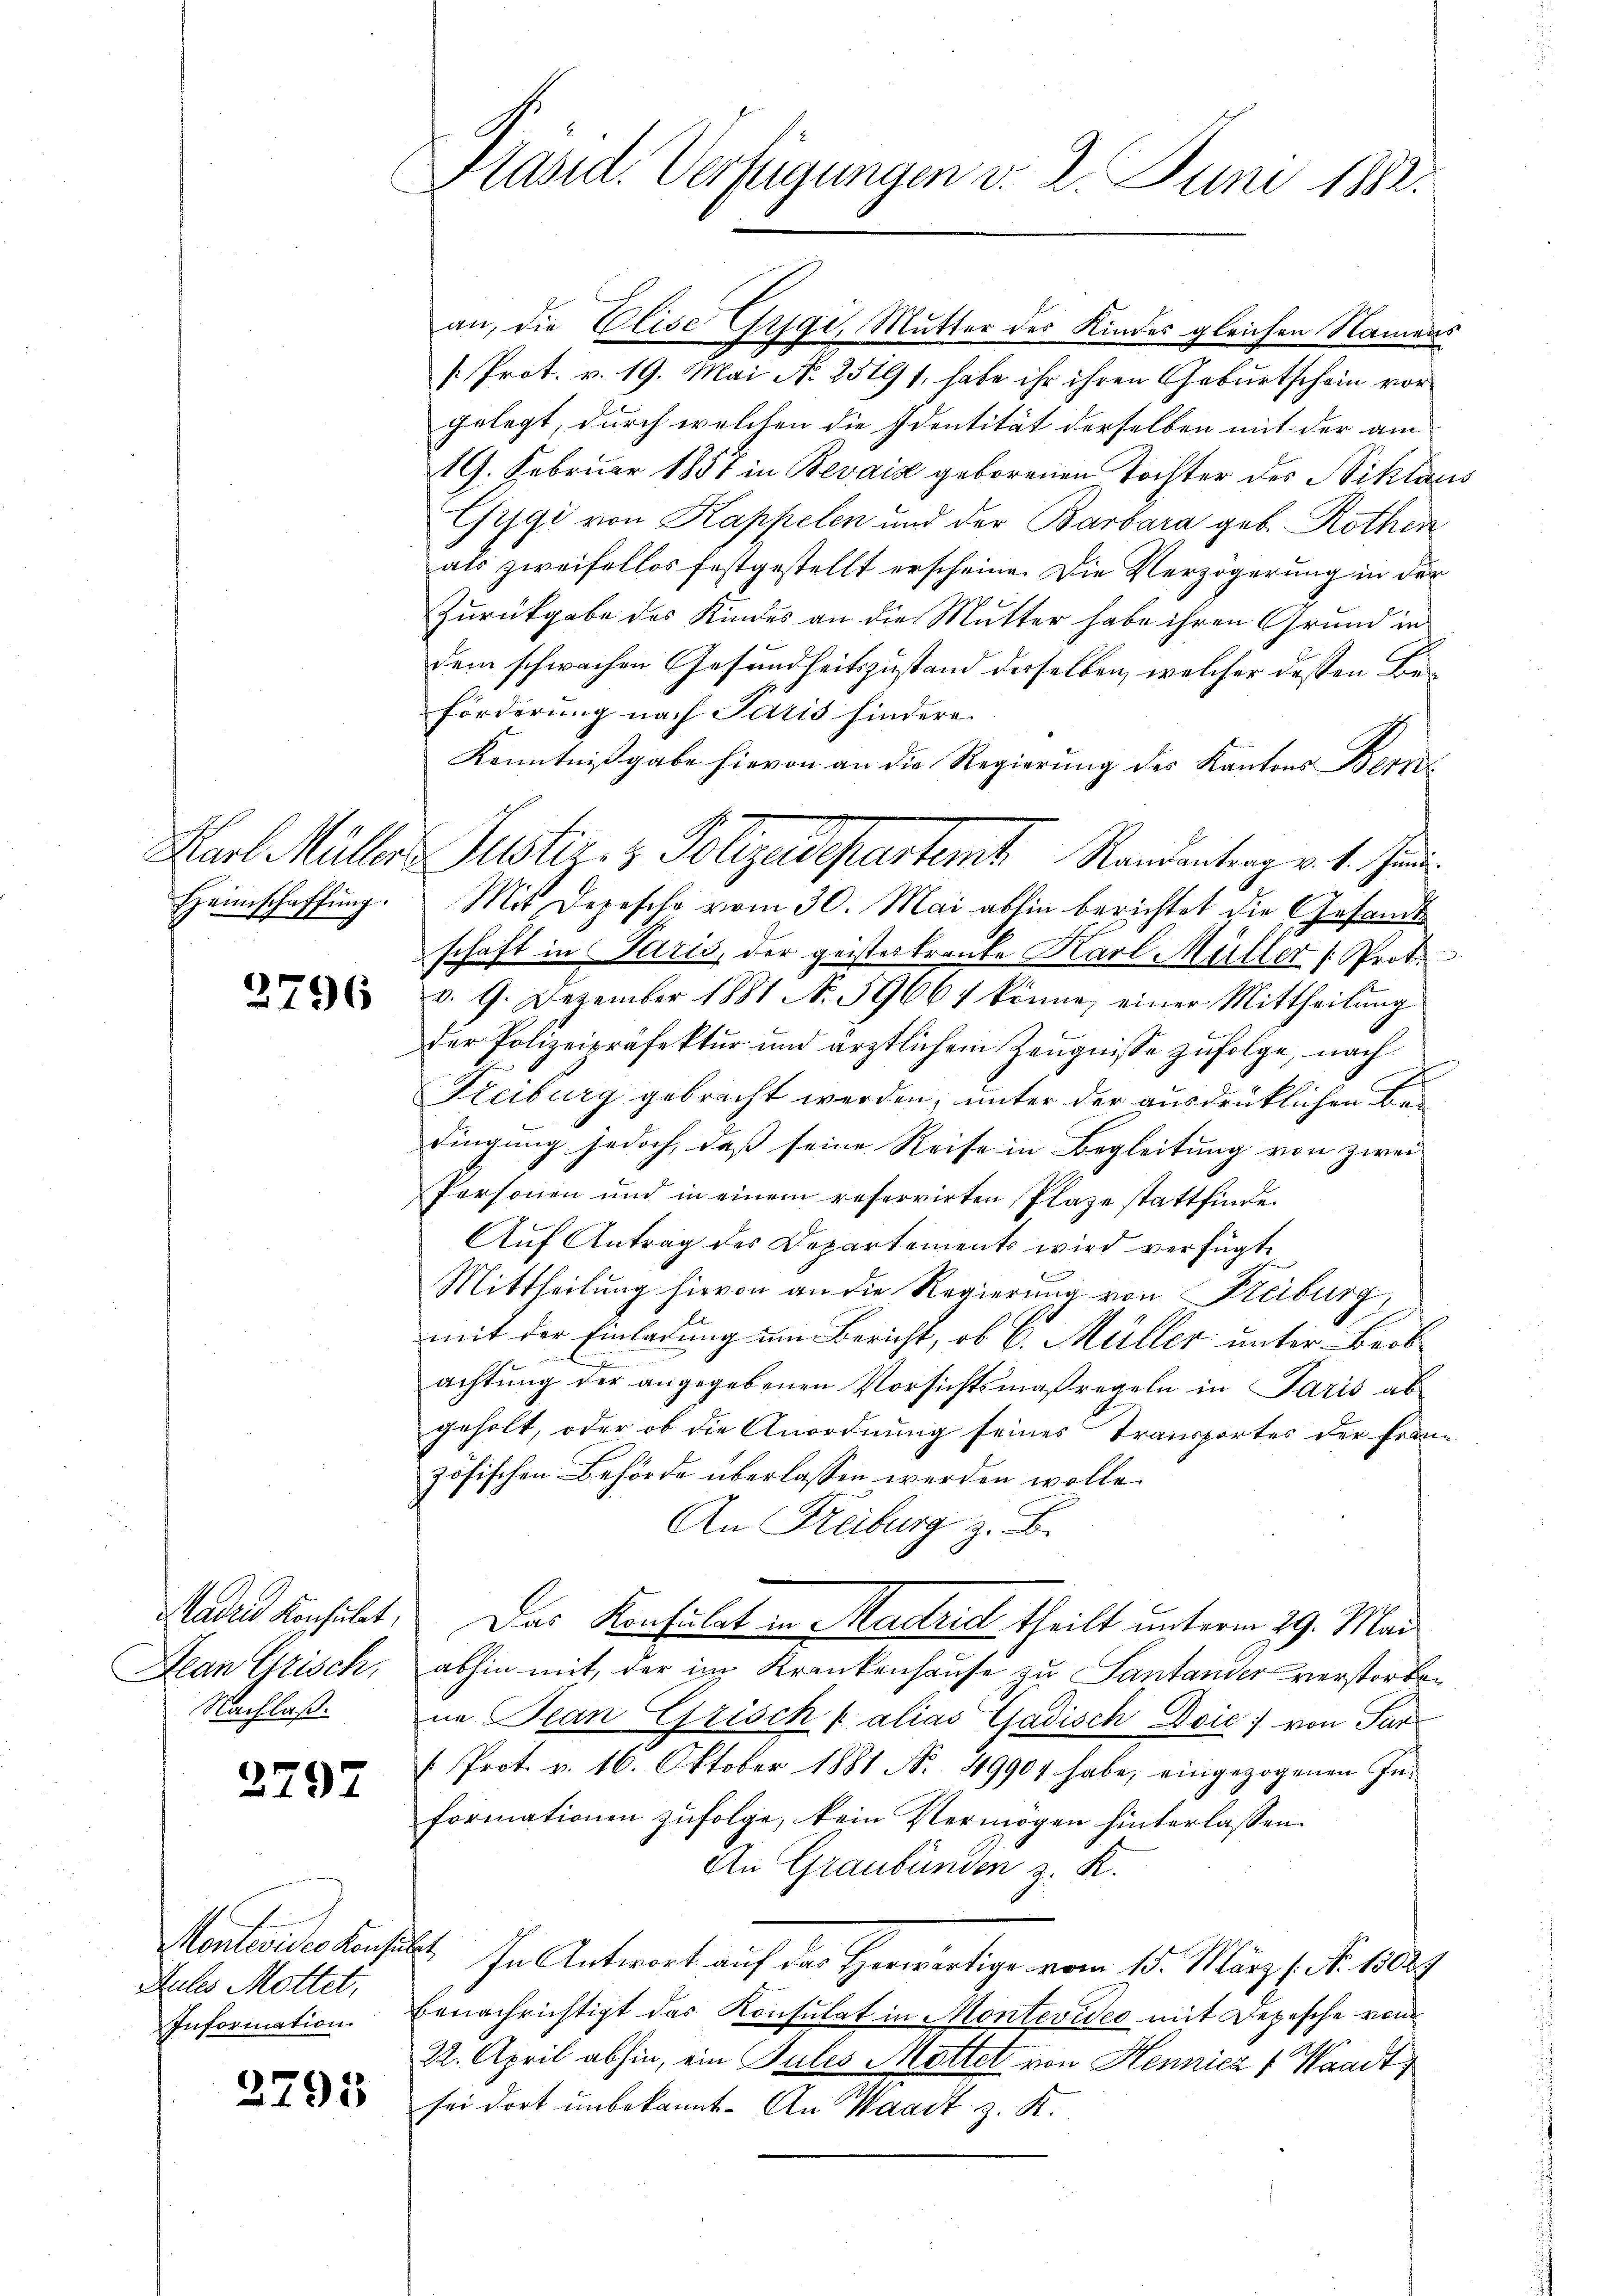
Heimschaffung.

3796

Sadrid Konsulat,
Jean Grisch,
Nachlaß.

2797

Montevider Konsul
Aules Mottet,
Information

2795

Päsid. Verfügungen v. 2. Juni 1882.

an, die Elise Gygi, Mutter des Kindes gleichen Namens
[ Prot. v. 19. Mai N. 25191, habe ihr ihren Geburtschein vorgelegt, durch welchen die Identität derselben mit der am
19. Februar 1857 in Bevaiz geborenen Tochter des Niklaus
Gygi von Kappelen und der Barbara geb. Rothen
als zweifellos festgestellt erscheine. Die Verzögerung in der
Zurückgabe des Kindes an die Mutter habe ihren Grund in
dem schwachen Gesundheitszustand desselben, welcher dessen Be¬
Förderung nach Paris hindere.
Kenntnißgabe hievon an die Regierung des Kantons Berns
Mit Depescho vom 30. Mai abhin berichtet die Gesandtschaft in Petris, der geisteskranke Karl Müller (Proto
v. 9. Dezember 1881 N. 59661 könne, einer Mittheilŭng
der Polizeipräfektur und ärztlichem Zeugnisse zufolge, nach
Freiburg gebracht werden, unter der ausdrüklichen Bedingung jedoch, daß seine Reise in Begleitung von zwei
Personen und in einem refervirten Plaze stattfinde
Aŭf Antrag des Departements wird verfügt
Mittheilung hievon an die Regierung von Keiburg,
mit der Einladung um Bericht, ob E. Müller unter Beob
achtung der angegebenen Vorsichtsmaßregeln in Paris ab
geholt, oder ob die Anordnung seines Transportes der Frau
zösischen Behörde überlassen werden wolle.
h
An Freiburg z. B.
Das Konsulat in Madrid theilt unterm 29. Mai
abhin mit, der im Krankenhause zu Santander verstorben
ne Plan Grisch (alias Gadisch Doić) von Par
( Prot. v. 16. Oktober 1881 Nr. 49904 habe, eingezogenen In-
formationen zufolge, kein Vermögen hinterlassen.
An Graubünden z. K.
t. In Antwort auf das Herwärtige vom 15. März l. N. 13029
benachrichtigt das Konsulat in Montevideo mit Depesche vom
22. April abhin, ein Julis Mattet von Hennicz v. Waadt,
sei dort unbekannt. An Waadt z. K.

Karl Müller Justiz- & Polizeidepartamt Randentrag v. 1. Juni